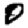
Digit: 0